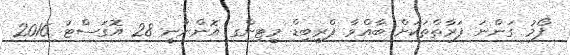
ފޯމު ގަންނަ ފަރާތްތަކަށް ބާއްވާ ޕްރީބިޑް މީޓިންގ އޮންނާނީ 28 އޮގަސްޓު 2016